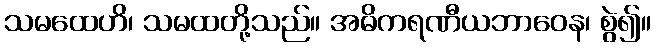
သမထေဟိ၊ သမထတို့သည်။ အဓိကရဏီယဘာဝေန၊ စွဲ၍။